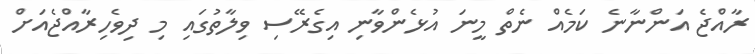
ރާއްޖެ އަންނާނެ ކަމެއް ނެތް މީނަ އުޅެންވާނި އިގެރޭސި ވިލާތުގައި މި ދިވެހިރާއްޖެއަށް